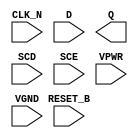
module sky130_fd_sc_hs__sdfrtn (
    RESET_B,
    CLK_N  ,
    D      ,
    Q      ,
    SCD    ,
    SCE    ,
    VPWR   ,
    VGND
);

    input  RESET_B;
    input  CLK_N  ;
    input  D      ;
    output Q      ;
    input  SCD    ;
    input  SCE    ;
    input  VPWR   ;
    input  VGND   ;
endmodule